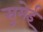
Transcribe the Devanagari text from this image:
सुमेई